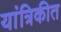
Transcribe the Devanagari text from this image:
यांत्रिकीत